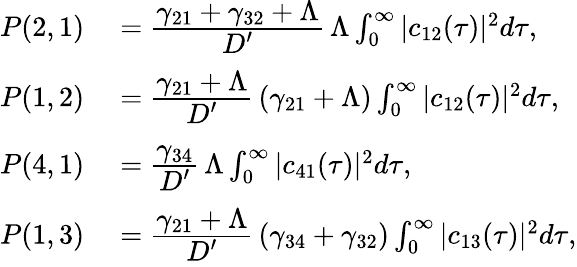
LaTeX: \begin{array}{rl}{P(2,1)}&{{}=\cfrac{\gamma_{21}+\gamma_{32}+\Lambda}{D^{\prime}}\, \Lambda\int_{0}^{\infty}|c_{12}(\tau)|^{2}d\tau,}\\ {P(1,2)}&{{}=\cfrac{\gamma_{21}+\Lambda}{D^{\prime}}\, (\gamma_{21}+\Lambda)\int_{0}^{\infty}|c_{12}(\tau)|^{2}d\tau,}\\ {P(4,1)}&{{}=\cfrac{\gamma_{34}}{D^{\prime}}\, \Lambda\int_{0}^{\infty}|c_{41}(\tau)|^{2}d\tau,}\\ {P(1,3)}&{{}=\cfrac{\gamma_{21}+\Lambda}{D^{\prime}}\, (\gamma_{34}+\gamma_{32})\int_{0}^{\infty}|c_{13}(\tau)|^{2}d\tau,}\end{array}